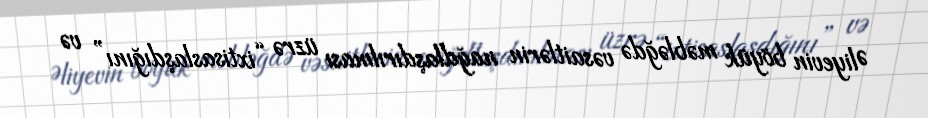
Əliyevin böyük məbləğdə vəsaitlərin nağdlaşdırılması üzrə “ixtisaslaşdığını” və